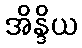
အိန္ဒိယ